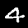
Digit: 4